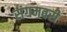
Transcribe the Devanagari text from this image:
संगमवरी